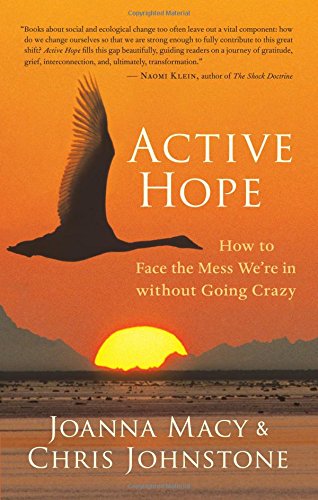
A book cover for Active Hope: How to Face the Mess We're in without Going Crazy; Joanna Macy; Science & Math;